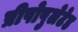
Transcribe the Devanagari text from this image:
प्रीपोपुलेटेड